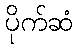
ပိုက်ဆံ